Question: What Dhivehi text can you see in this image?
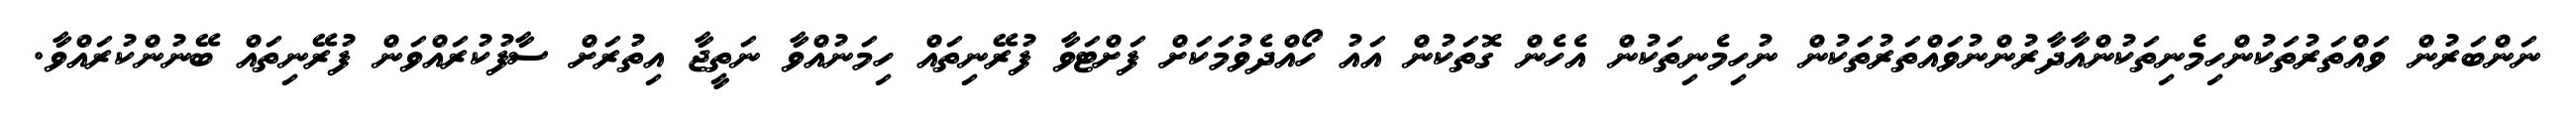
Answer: ނަންބަރުން ވައްތަރުތަކުންހިމެނިތަކުންއާދާރުންނުވައްތަރުތަކުން ނުހިމެނިތަކުން އެހެން ގޮތަކުން އައު ހޯއްދެވުމަކަށް ފަށްޓަވާ ފުރޭނިތައް ހިމަނުއްވާ ނަތީޖާ އިތުރަށް ސާފުކުރައްވަން ފުރޭނިތައް ބޭނުންކުރައްވާ.